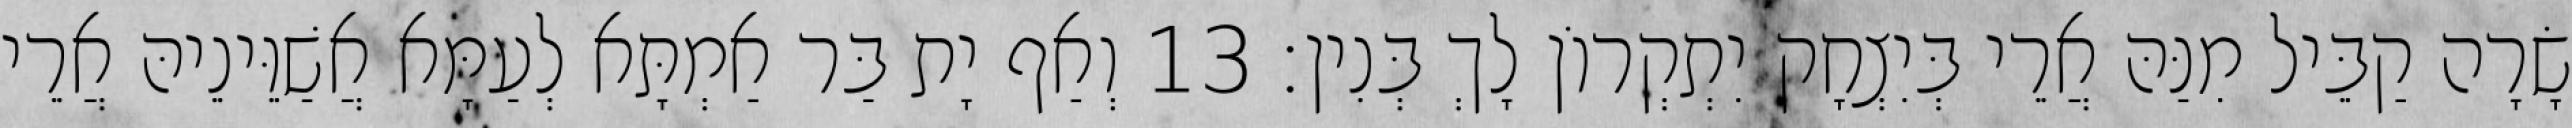
שָׂרָה קַבֵּיל מִנַּהּ אֲרֵי בְּיִצְחָק יִתְקְרוֹן לָךְ בְּנִין׃ 13 וְאַף יָת בַּר אַמְתָּא לְעַמָּא אֲשַׁוֵּינֵיהּ אֲרֵי